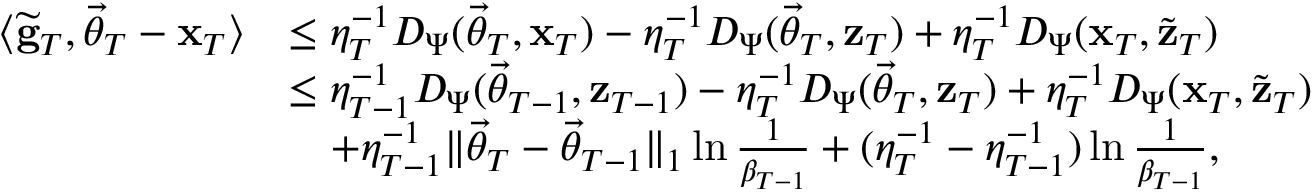
\begin{array} { r l } { \langle \widetilde { \mathbf g } _ { T } , \vec { \theta } _ { T } - \mathbf x _ { T } \rangle } & { \le \eta _ { T } ^ { - 1 } D _ { \Psi } ( \vec { \theta } _ { T } , \mathbf x _ { T } ) - \eta _ { T } ^ { - 1 } D _ { \Psi } ( \vec { \theta } _ { T } , \mathbf z _ { T } ) + \eta _ { T } ^ { - 1 } D _ { \Psi } ( \mathbf x _ { T } , \widetilde { \mathbf z } _ { T } ) } \\ & { \le \eta _ { T - 1 } ^ { - 1 } D _ { \Psi } ( \vec { \theta } _ { T - 1 } , \mathbf z _ { T - 1 } ) - \eta _ { T } ^ { - 1 } D _ { \Psi } ( \vec { \theta } _ { T } , \mathbf z _ { T } ) + \eta _ { T } ^ { - 1 } D _ { \Psi } ( \mathbf x _ { T } , \widetilde { \mathbf z } _ { T } ) } \\ & { \quad + \eta _ { T - 1 } ^ { - 1 } \lVert \vec { \theta } _ { T } - \vec { \theta } _ { T - 1 } \rVert _ { 1 } \ln \frac 1 { \beta _ { T - 1 } } + ( \eta _ { T } ^ { - 1 } - \eta _ { T - 1 } ^ { - 1 } ) \ln \frac 1 { \beta _ { T - 1 } } , } \end{array}